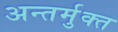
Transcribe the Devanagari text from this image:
अन्तर्मुक्त